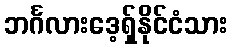
ဘင်္ဂလားဒေ့ရှ်နိုင်ငံသား